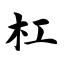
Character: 杠